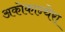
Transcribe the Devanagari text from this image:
अकोकान्थेरा